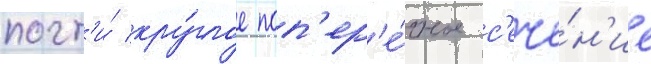
почт'и́ кру́глое поп'ер'е́чное с'ече́н'ие